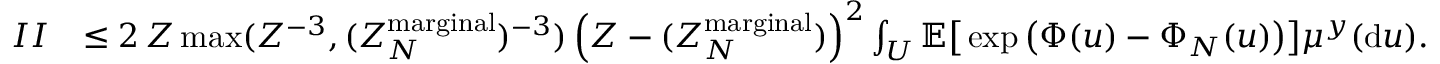
\begin{array} { r l } { I I } & { \leq 2 \, Z \operatorname* { m a x } ( Z ^ { - 3 } , ( Z _ { N } ^ { \mathrm { m a r g i n a l } } ) ^ { - 3 } ) \left( Z - ( Z _ { N } ^ { \mathrm { m a r g i n a l } } ) \right) ^ { 2 } \int _ { U } \mathbb { E } \big [ \exp \big ( \Phi ( u ) - \Phi _ { N } ( u ) \big ) \big ] \mu ^ { y } ( \mathrm { d } u ) . } \end{array}